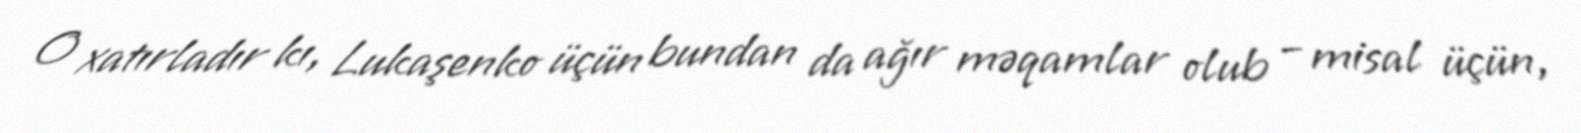
O xatırladır kı, Lukaşenko üçün bundan da ağır məqamlar olub – misal üçün,